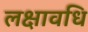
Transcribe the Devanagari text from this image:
लक्षावधि